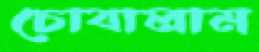
চোবালাম